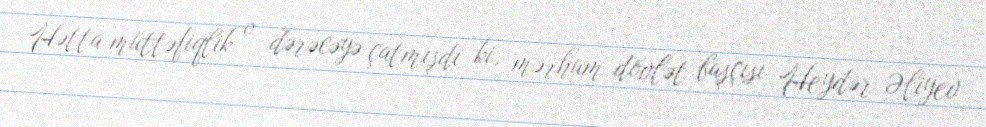
Hətta müttəfiqlik o dərəcəyə çatmışdı ki, mərhum dövlət başçısı Heydər Əliyev